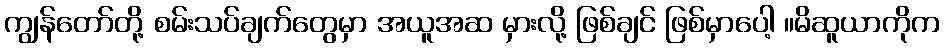
ကျွန်တော်တို့ စမ်းသပ်ချက်တွေမှာ အယူအဆ မှားလို့ ဖြစ်ချင် ဖြစ်မှာပေါ့ ။မိဆူယာကိုက